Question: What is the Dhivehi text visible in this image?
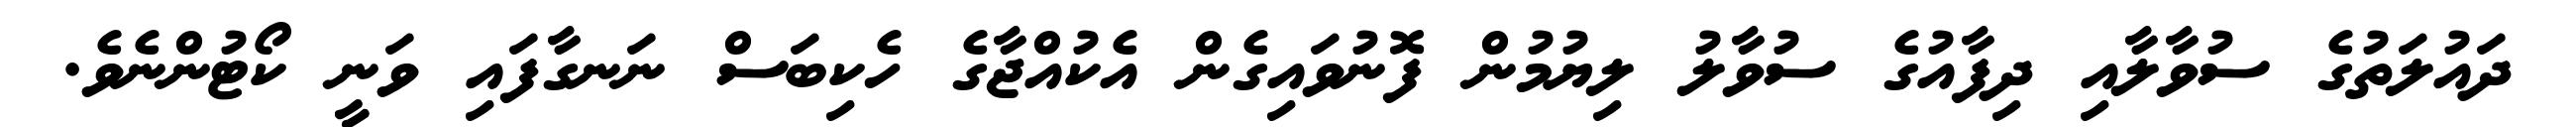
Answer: ދައުލަތުގެ ސުވާލާއި ދިފާއުގެ ސުވާލު ލިޔުމުން ފޮނުވައިގެން އެކުއްޖާގެ ހެކިބަސް ނަނގާފައި ވަނީ ކޯޓުންނެވެ.